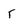
Character: r